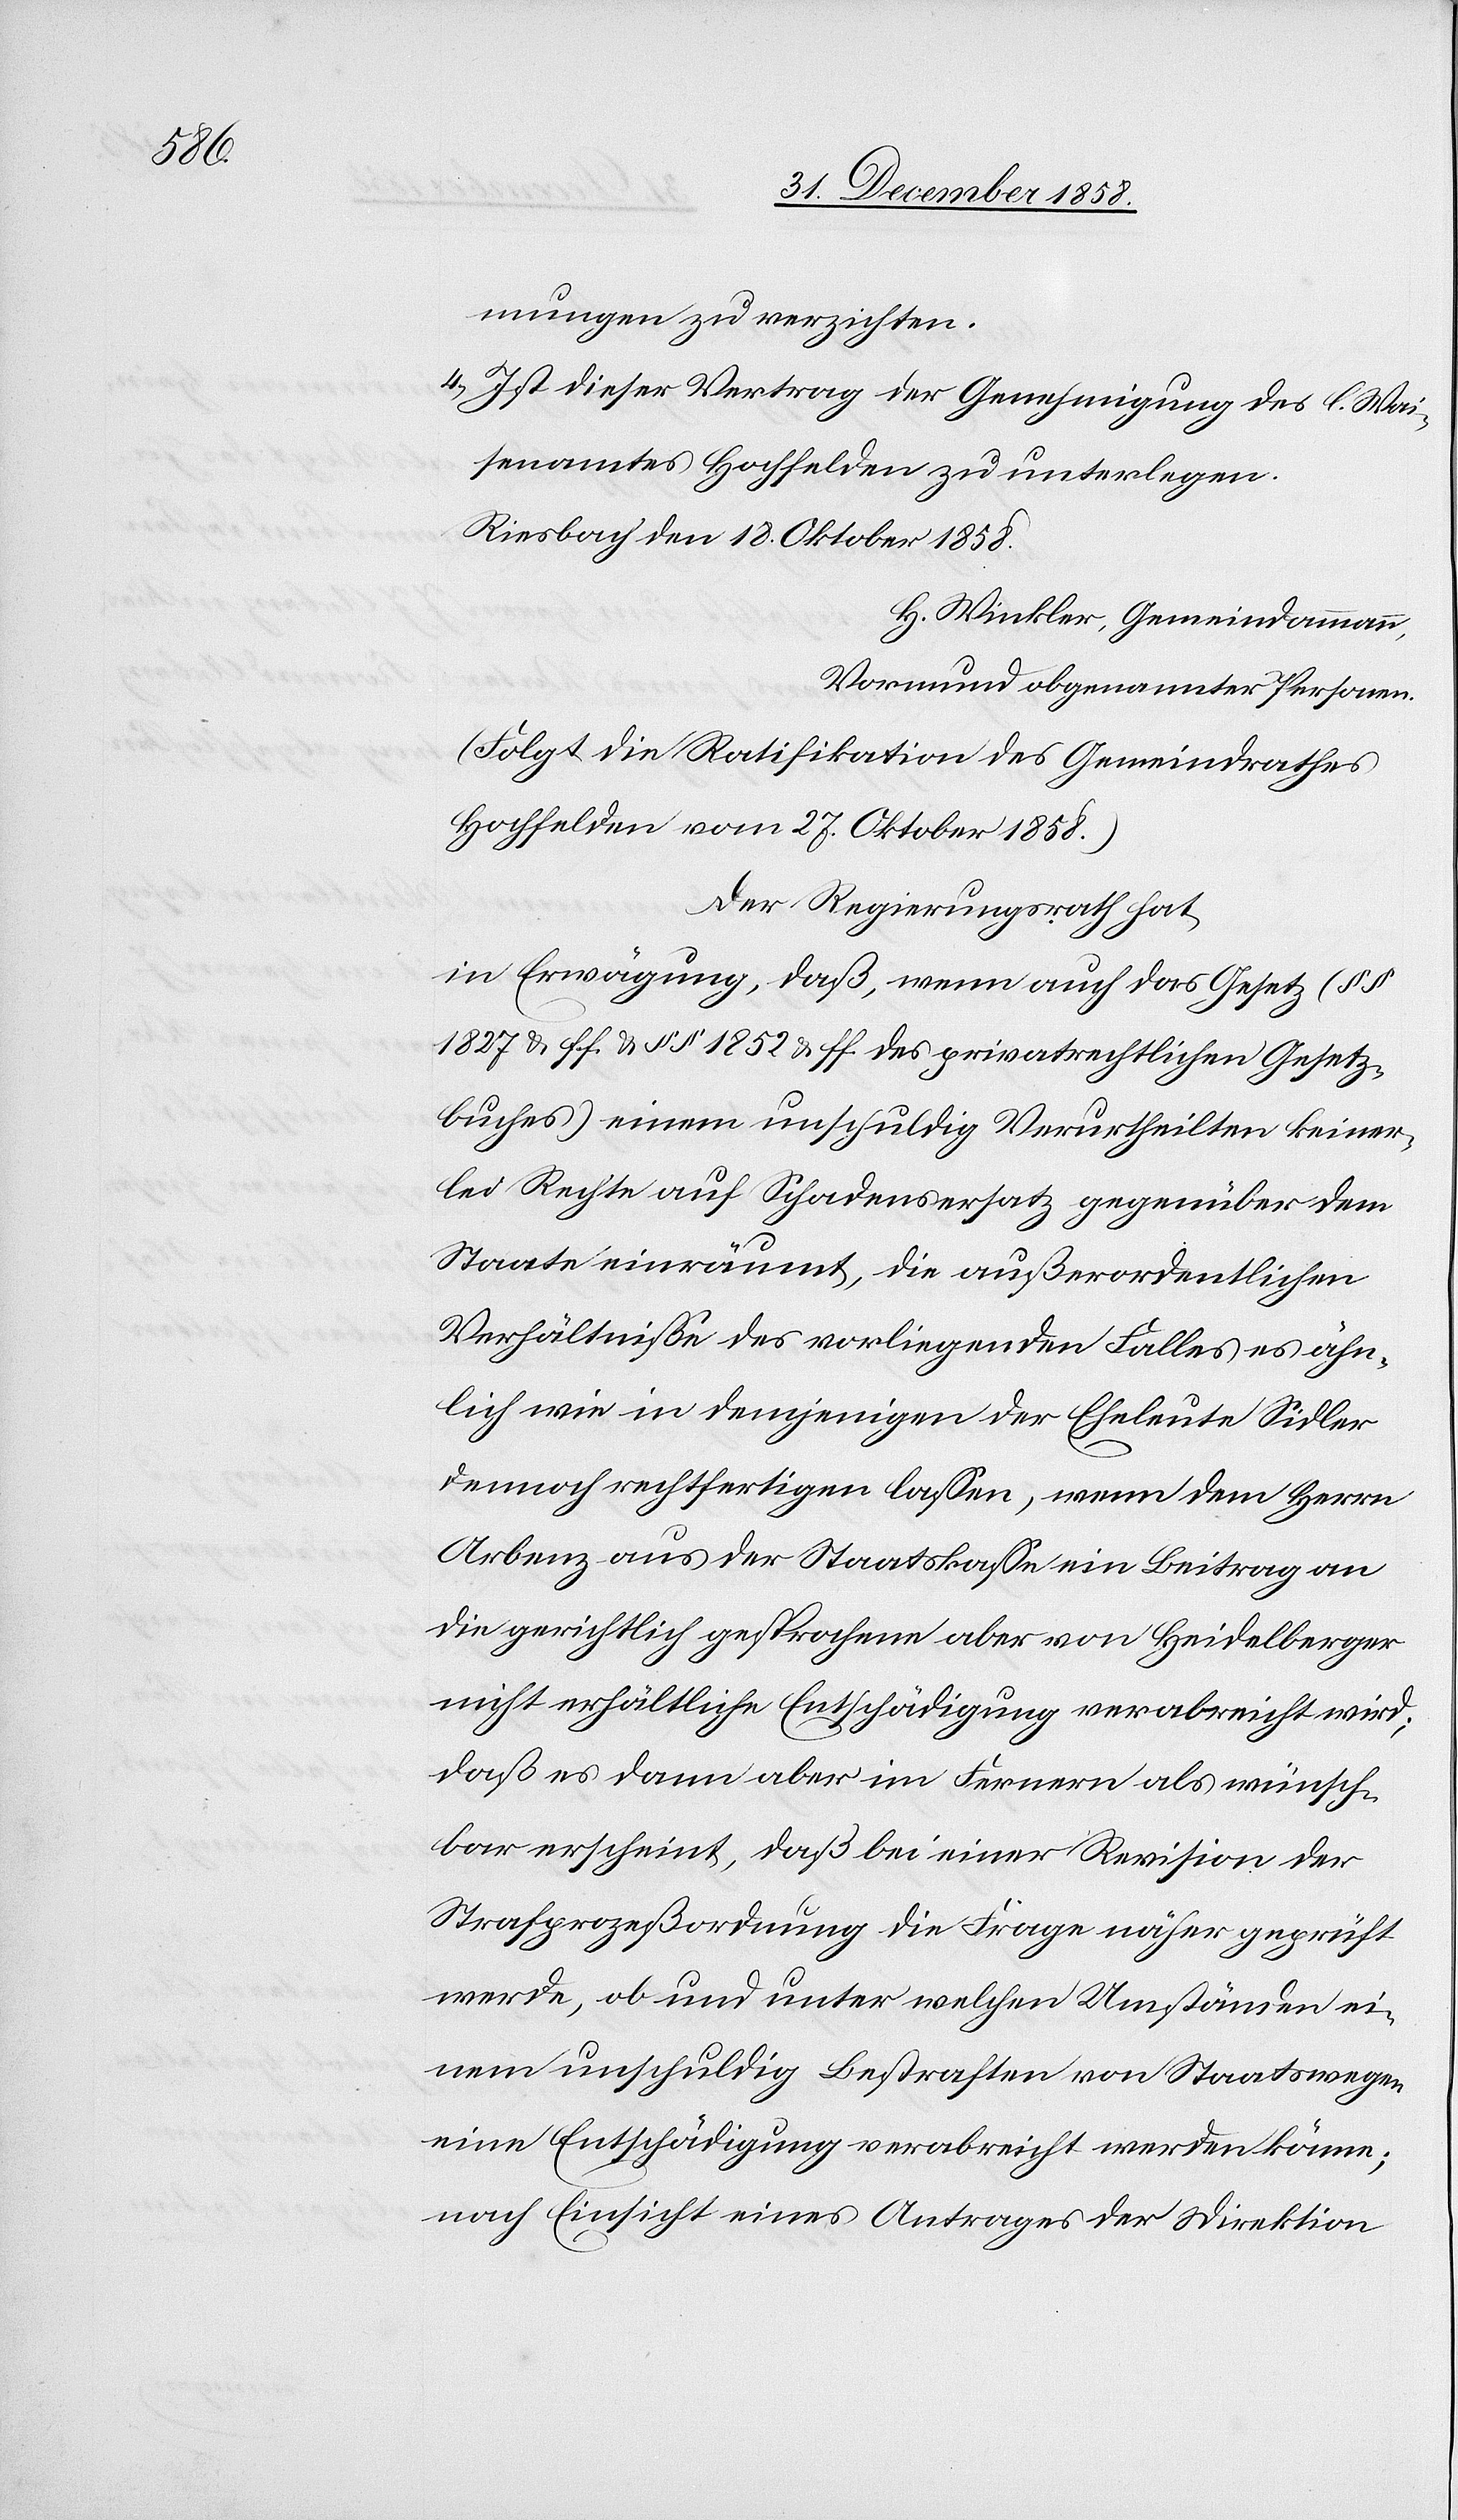
n.[“]

mungen zu verzichten.
Ist dieser Vertrag der Genehmigung des l. Wai¬
senamtes Hochfelden zu unterlegen.
Riesbach den 18. Oktober 1858.
H. Winkler, Gemeindammann,
Vormund obgenannter Persone¬
(Folgt die Ratifikation des Gemeindrathes
Hochfelden vom 27. Oktober 1858.)
Der Regierungsrath hat,
in Erwägung, daß, wenn auch das Gesetz (§§
1827 & ff. & §§ 1852 & ff. des privatrechtlichen Gesetz¬
buches) einem unschuldig Verurtheilten keiner¬
lei Rechte auf Schadensersatz gegenüber dem
Staate einräumt, die außerordentlichen
Verhältnisse des vorliegenden Falles es ähn¬
lich wie in demjenigen der Eheleute Sidler
dennoch rechtfertigen lassen, wenn dem Herrn
Arbenz aus der Staatskasse ein Beitrag an
die gerichtlich gesprochene aber von Heidelberger
nicht erhältliche Entschädigung verabreicht wird;
daß es dann aber im Fernern als wünsch¬
bar erscheint, daß bei einer Revision der
Strafprozeßordnung die Frage näher geprüft
werde, ob und unter welchen Umständen ei¬
nem unschuldig Bestraften von Staatswegen
eine Entschädigung verabreicht werden könne;
nach Einsicht eines Antrages der Direktion